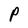
Character: P